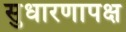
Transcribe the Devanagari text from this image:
सुधारणापक्ष